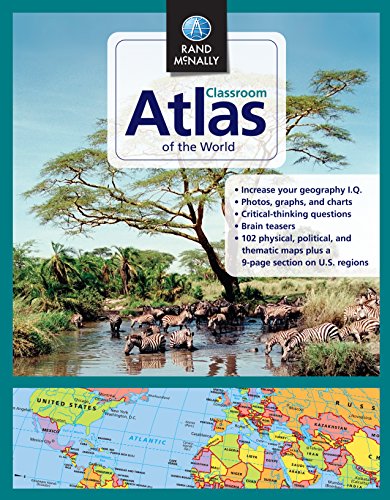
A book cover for Rand McNally Classroom Atlas of the World; Rand McNally; Reference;